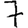
Digit: 7